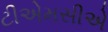
ટીએમસીએ